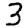
Digit: 3